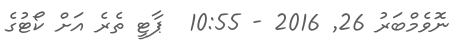
ނޮވެމްބަރު 26